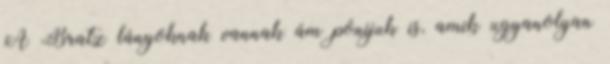
A Bratz lányoknak vannak ám pónijuk is, amik ugyanolyan